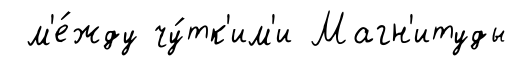
м'е́жду чу́тк'им'и Магн'итуды